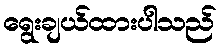
ရွေးချယ်ထားပါသည်